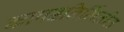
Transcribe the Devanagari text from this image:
कापडनिर्मितीत